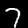
Digit: 7